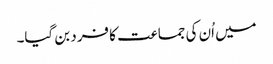
میں اُن کی جماعت کا فرد بن گیا۔